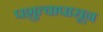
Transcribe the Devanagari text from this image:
पशुत्वापासून